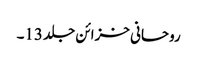
روحانی خزائن جلد 13۔